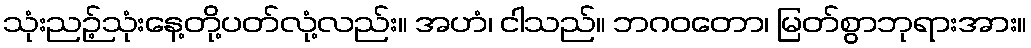
သုံးညဉ့်သုံးနေ့တို့ပတ်လုံ့လည်း။ အဟံ၊ ငါသည်။ ဘဂဝတော၊ မြတ်စွာဘုရားအား။